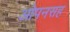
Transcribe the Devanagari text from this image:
ओपनसह